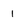
Character: 1